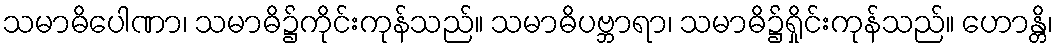
သမာဓိပေါဏာ၊ သမာဓိ၌ကိုင်းကုန်သည်။ သမာဓိပဗ္ဘာရာ၊ သမာဓိ၌ရှိုင်းကုန်သည်။ ဟောန္တိ၊